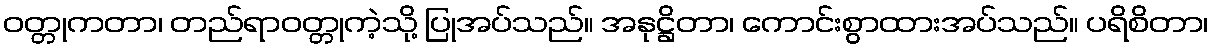
ဝတ္တုကတာ၊ တည်ရာဝတ္တုကဲ့သို့ ပြုအပ်သည်။ အနုဋ္ဌိတာ၊ ကောင်းစွာထားအပ်သည်။ ပရိစိတာ၊